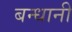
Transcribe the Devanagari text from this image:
बन्धानी